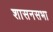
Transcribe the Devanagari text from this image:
शासनसभा